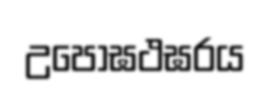
උපෝඝථඝරය